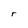
Character: r